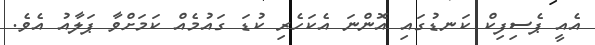
އެއީ ޕެސިފިކް ކަނޑުގައި އޮންނަ އެކަހެރި ކުޑަ ގައުމެއް ކަމަށްވާ ޕަލާއު އެވެ.